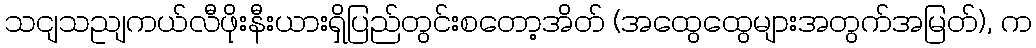
သငျသညျကယ်လီဖိုးနီးယားရှိပြည်တွင်းစတော့အိတ် (အထွေထွေများအတွက်အမြတ်), က